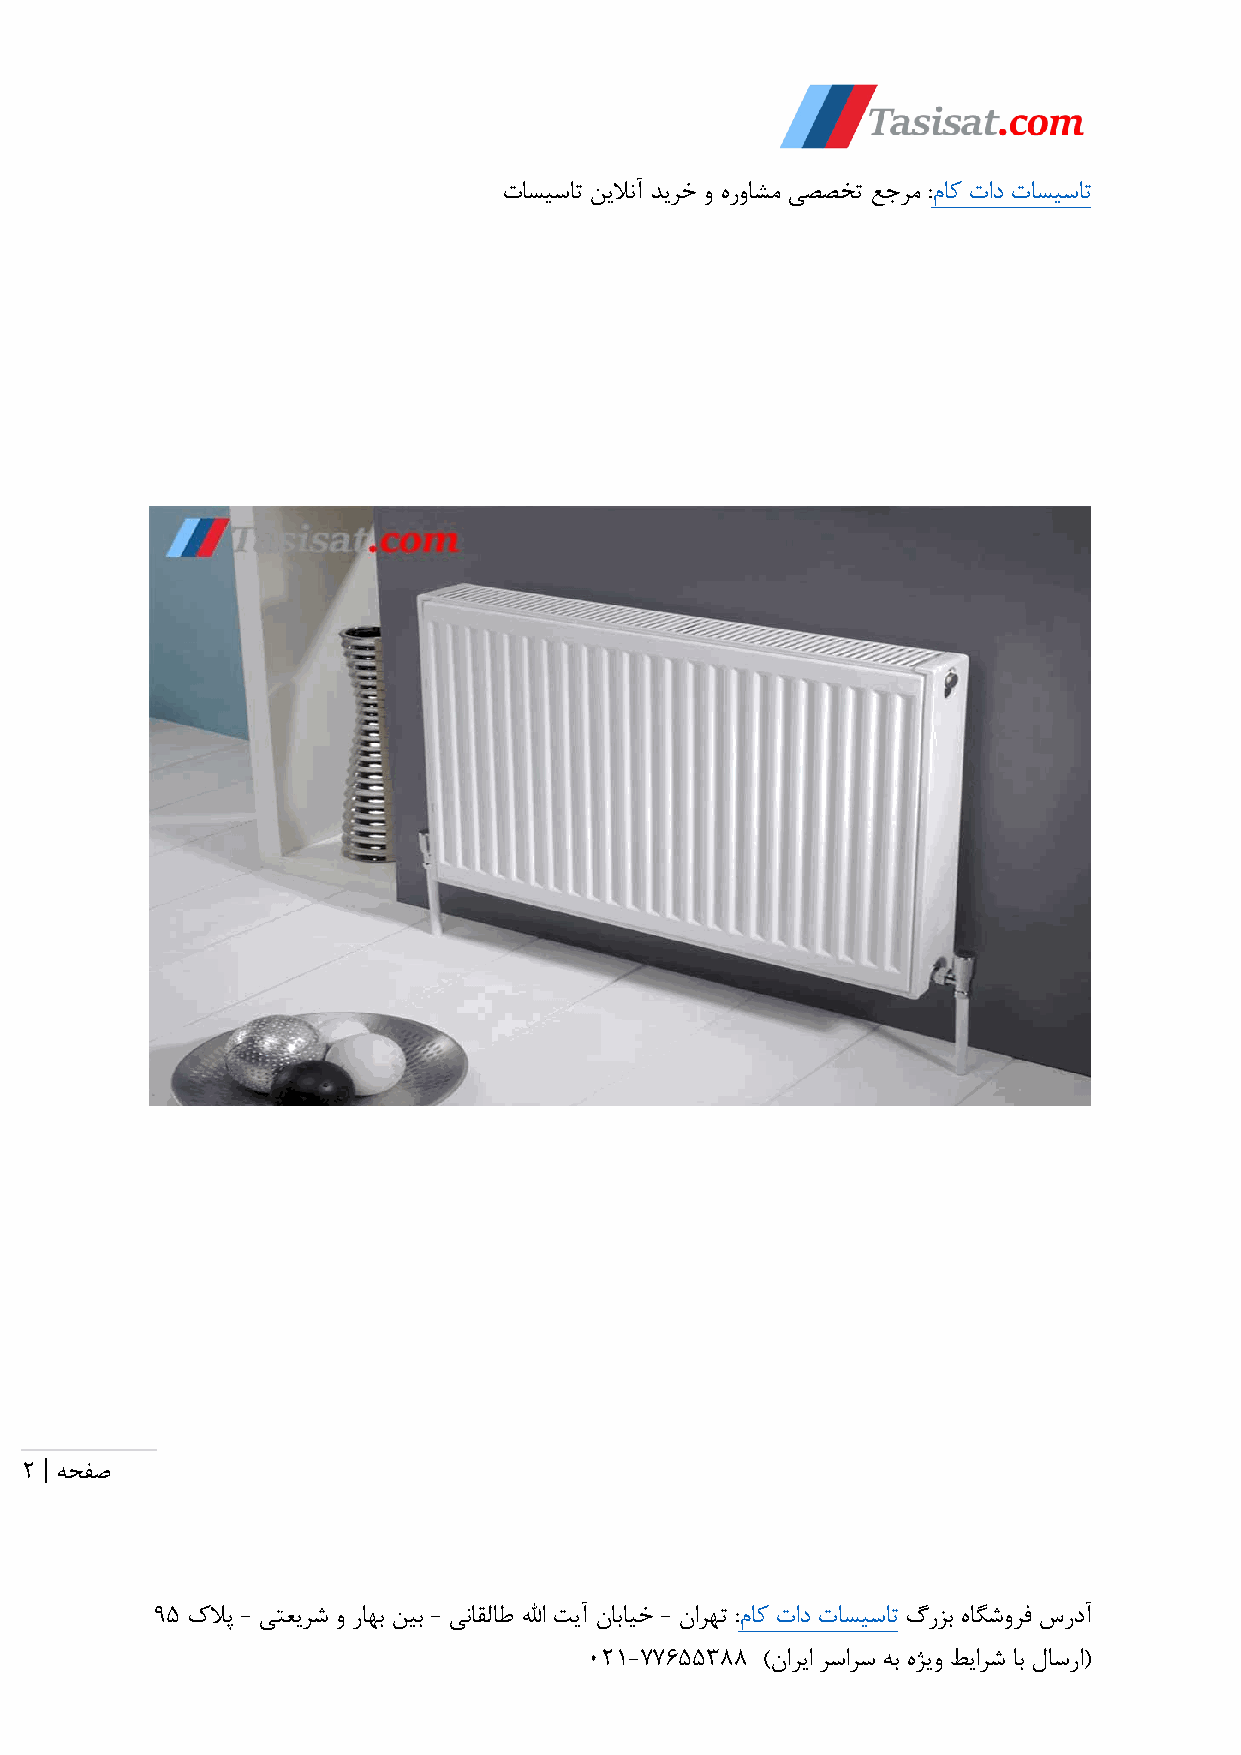
تاسیسات نیلانآ دیرخ و هرواشم یصصخت عجرم :ماک تاد تاسیسات
 |
 2  هحفص
 95 کلاپ - یتعیرش و راهب نیب - یناقلاط للها تیآ نابایخ - نارهت :ماک تاد تاسیسات گرزب هاگشورف سردآ
 021-77655388 )ناریا رسارس هب هژیو طیارش اب لاسرا(